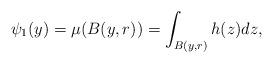
LaTeX: \begin{align*}\psi_1(y)=\mu(B(y,r))=\int_{B(y,r)} h(z)dz,\end{align*}